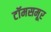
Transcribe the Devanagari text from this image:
टॉमसमूर